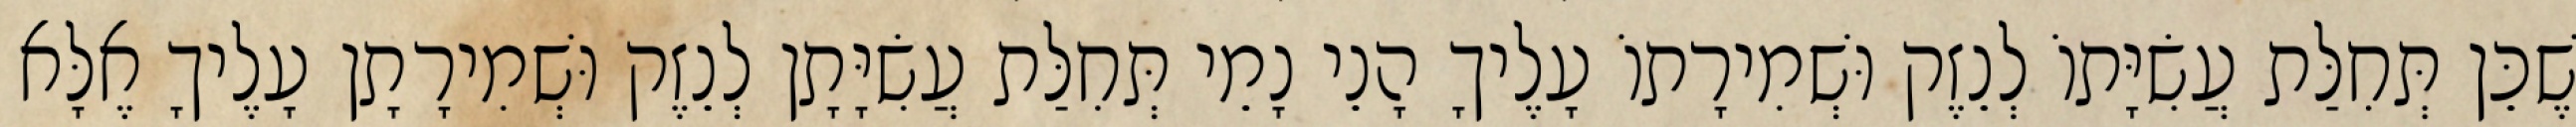
שֶׁכֵּן תְּחִלַּת עֲשִׂיָּתוֹ לְנֵזֶק וּשְׁמִירָתוֹ עָלֶיךָ הָנֵי נָמֵי תְּחִלַּת עֲשִׂיָּתָן לְנֵזֶק וּשְׁמִירָתָן עָלֶיךָ אֶלָּא